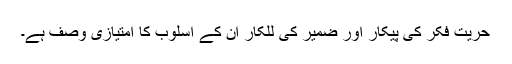
حریت فکر کی پیکار اور ضمیر کی للکار ان کے اسلوب کا امتیازی وصف ہے۔